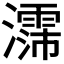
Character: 𪷳